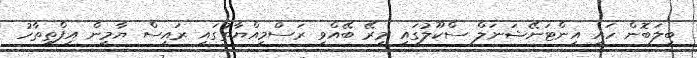
ބިލަބޮން ހައި އިންޓަނޭޝަނަލް ސްކޫލުގައި މިރޭ ބޭއްވި ރަސްމިއްޔާތުގައި ރައީސް ޔާމީން އިފްތިތާހު